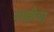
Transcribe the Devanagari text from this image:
राखीचा